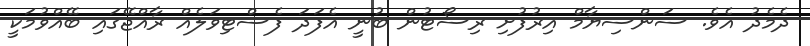
ދެމެދު އެވެ. ސަންސިޔާމް އިރުފުށި ރިސޯޓުން ބުނީ އެފަދަ ފެސްޓިވަލެއް ރާއްޖޭގައި ބޭއްވުމަކީ